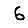
Digit: 6